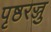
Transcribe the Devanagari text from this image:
पृष्ठरज्जु